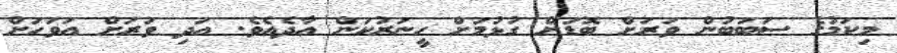
މިކަމުގެ ސަބަބުން ވަރަށް ބޮޑަށް ގުޅުމަށް ހީނަރުކަން އާދެއެވެ. އަދި ވަރަށް އަވަހަށް